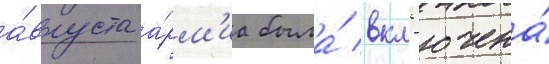
а́вгуста а́рм'иа была́ вкл'ючена́